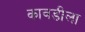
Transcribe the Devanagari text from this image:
कावडीला